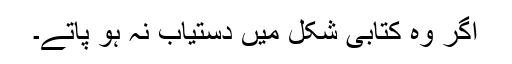
اگر وہ کتابی شکل میں دستیاب نہ ہو پاتے۔